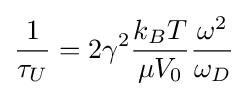
{\frac {1}{\tau _{U}}}=2\gamma ^{2}{\frac {k_{B}T}{\mu V_{0}}}{\frac {\omega ^{2}}{\omega _{D}}}